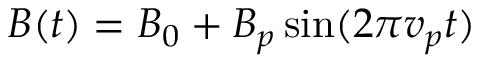
B ( t ) = B _ { 0 } + B _ { p } \sin ( 2 \pi v _ { p } t )